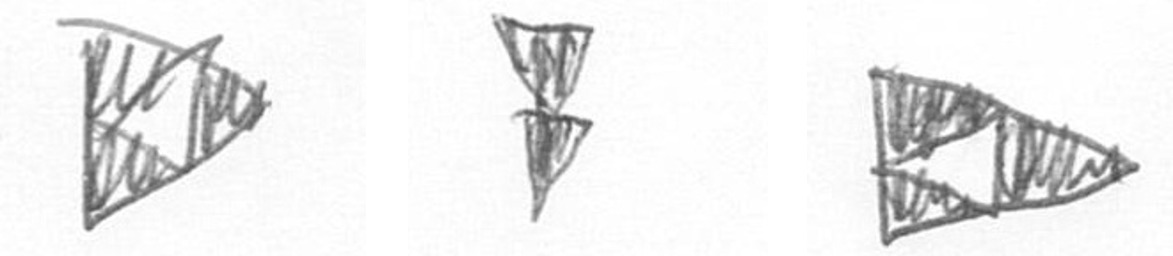
K Z K